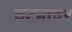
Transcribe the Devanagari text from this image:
घटनावर